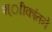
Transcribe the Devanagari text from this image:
श्ाीकांतने